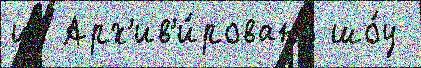
из Арх'ив'и́ровано шо́у